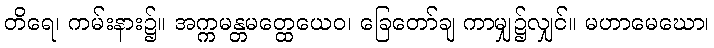
တိရေ၊ ကမ်းနား၌။ အက္ကမန္တမတ္ထေယေဝ၊ ခြေတော်ချ ကာမျှ၌လျှင်။ မဟာမေဃော၊